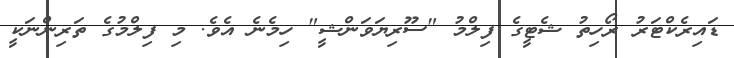
ޑައިރެކްޓަރު ރޯހިތު ޝެޓީގެ ފިލްމު "ސޫރިޔަވަންޝީ" ހިމެނެ އެވެ. މި ފިލްމުގެ ތަރިންނަކީ